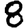
Digit: 8